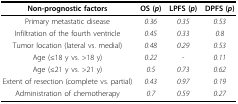
| Non-prognostic factors | OS (p) | LPFS (p) | DPFS (p) |
 | --- | --- | --- | --- |
 | Primary metastatic disease | 0.36 | 0.35 | 0.53 |
 | Infiltration of the fourth ventricle | 0.45 | 0.33 | 0.8 |
 | Tumor location (lateral vs. medial) | 0.48 | 0.29 | 0.53 |
 | Age (≤18 y vs. >18 y) | 0.22 | - | 0.11 |
 | Age (≤21 y vs. >21 y) | 0.5 | 0.73 | 0.62 |
 | Extent of resection (complete vs. partial) | 0.43 | 0.97 | 0.19 |
 | Administration of chemotherapy | 0.7 | 0.59 | 0.27 |